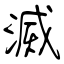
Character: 滅